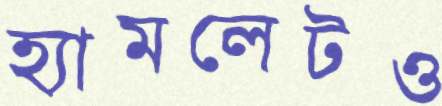
হ্যামলেটও